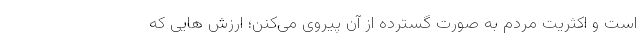
است و اکثریت مردم به صورت گسترده از آن پیروی می‌کنن؛ ارزش هایی که